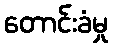
တောင်းခံမှု